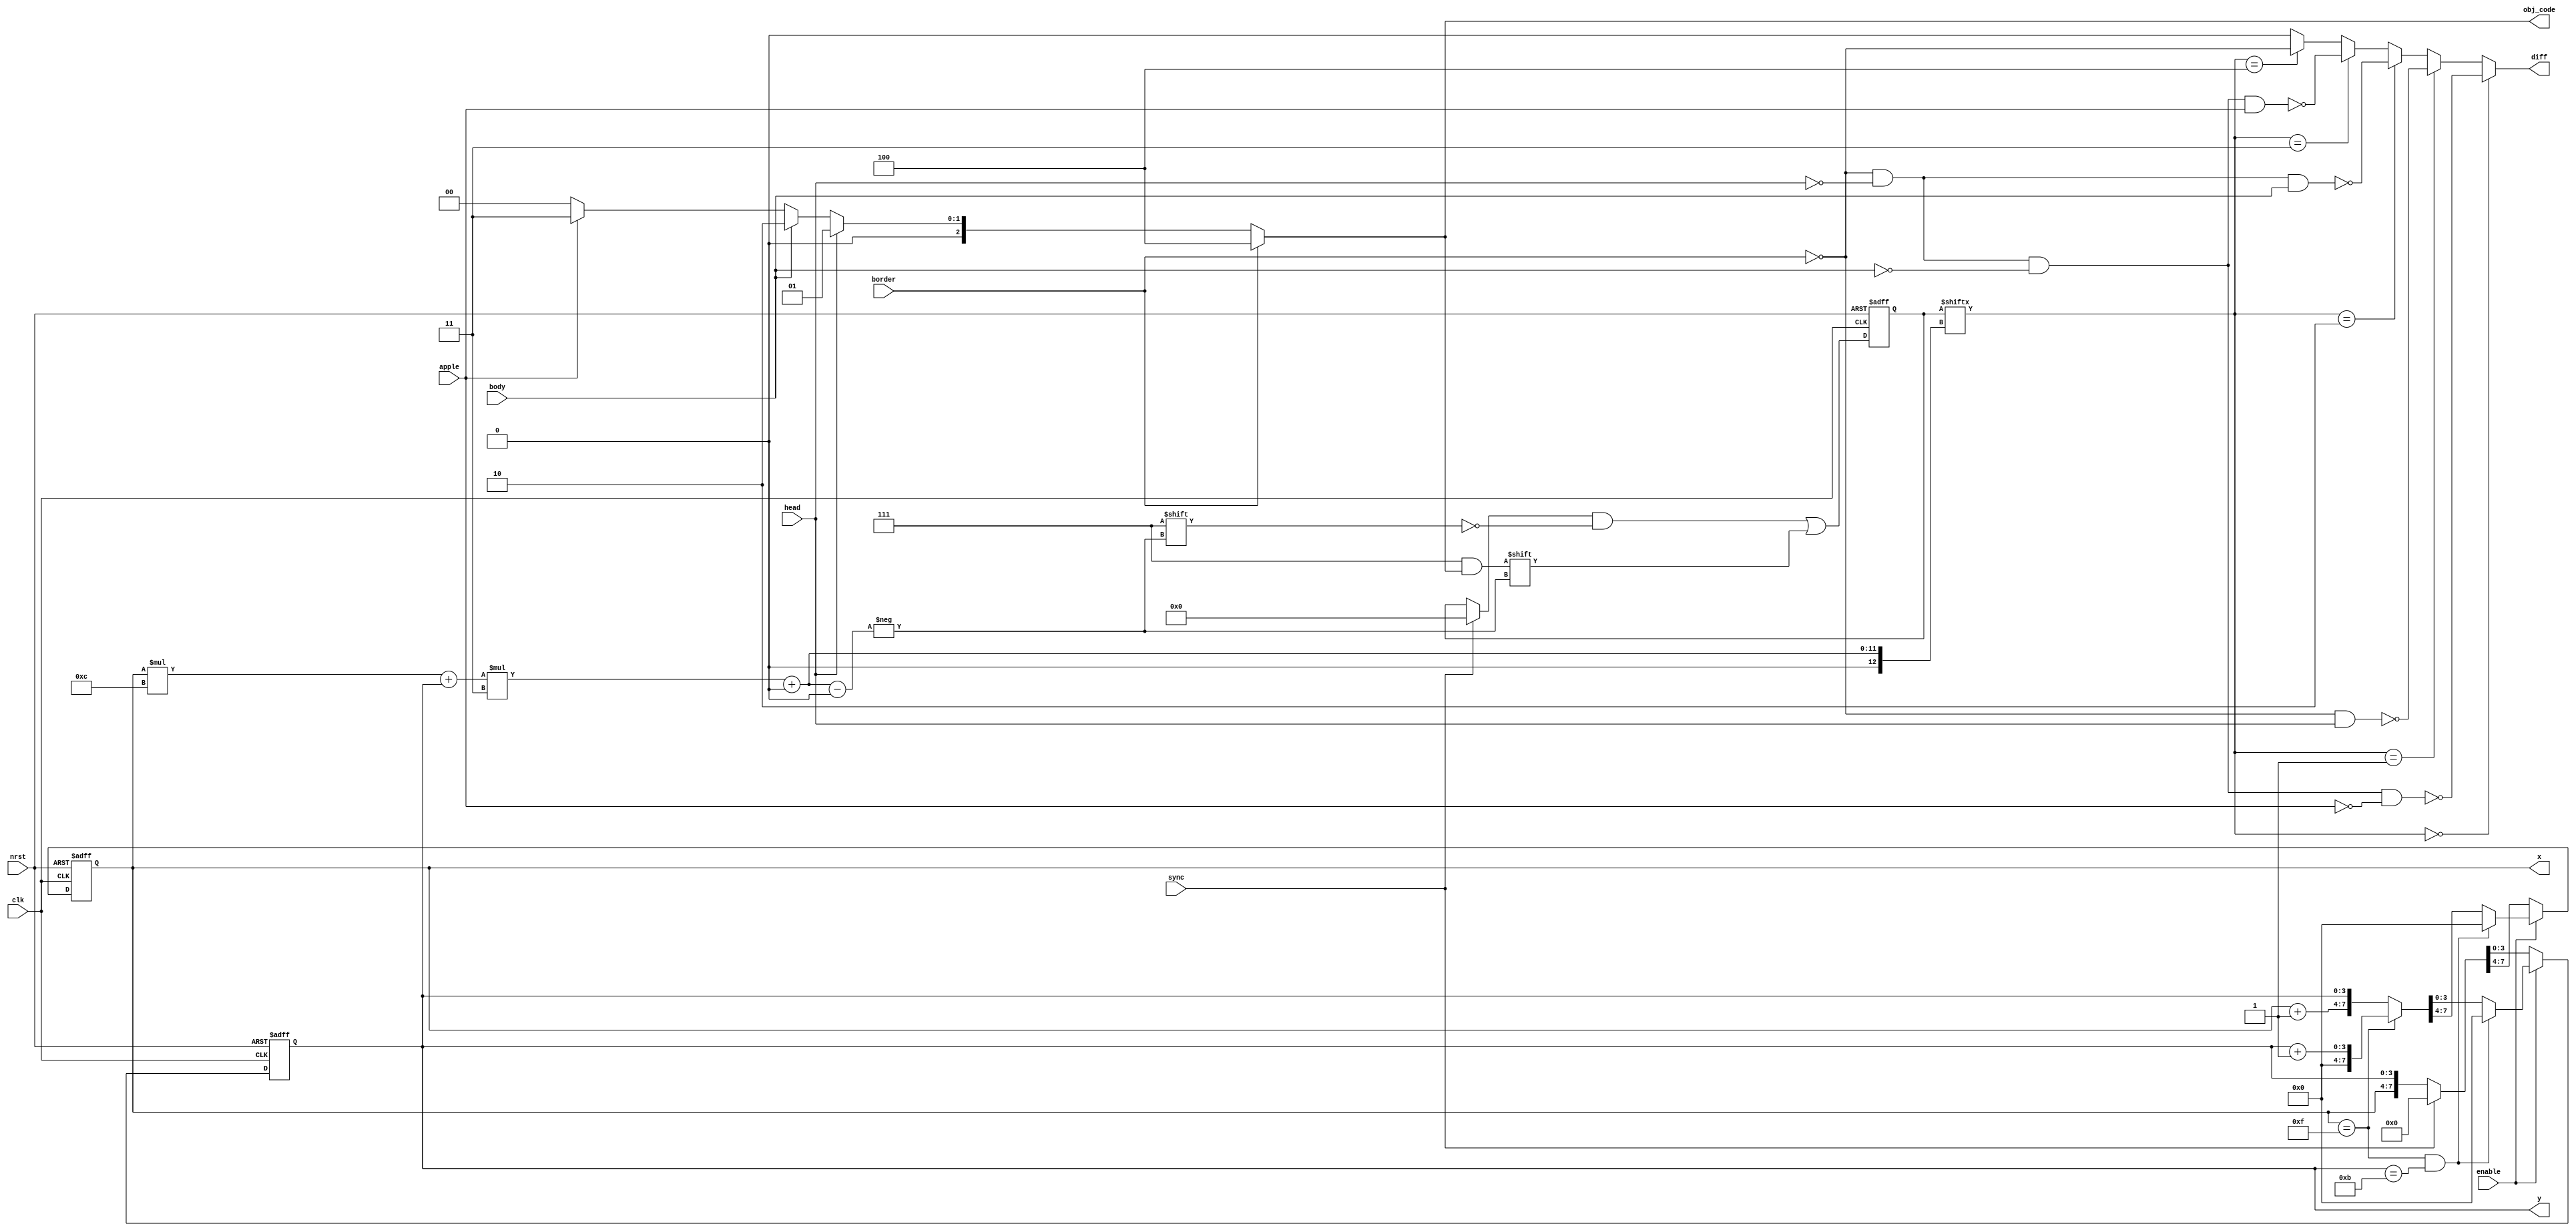
`default_nettype none
module t06_frame_tracker (
	body,
	head,
	apple,
	border,
	enable,
	clk,
	nrst,
	sync,
	obj_code,
	x,
	y,
	diff
);
	reg _sv2v_0;
	input wire body;
	input wire head;
	input wire apple;
	input wire border;
	input wire enable;
	input wire clk;
	input wire nrst;
	input wire sync;
	output reg [2:0] obj_code;
	output reg [3:0] x;
	output reg [3:0] y;
	output reg diff;
	reg [575:0] frame;
	reg [575:0] next_frame;
	reg [3:0] current_X;
	reg [3:0] next_X;
	reg [3:0] current_Y;
	reg [3:0] next_Y;
	reg next_d;
	reg [2:0] temp_obj_code;
	always @(posedge clk or negedge nrst)
		if (~nrst) begin
			frame <= {192 {3'b000}};
			{current_X, current_Y} <= 8'b00000000;
		end
		else begin
			frame <= next_frame;
			{current_X, current_Y} <= {next_X, next_Y};
		end
	always @(*) begin
		if (_sv2v_0)
			;
		{next_X, next_Y} = {current_X, current_Y};
		next_frame = frame;
		if (enable) begin
			if ((current_X == 4'd15) && (current_Y == 4'd11))
				{next_X, next_Y} = 8'b00000000;
			else if (current_X == 4'd15)
				{next_X, next_Y} = {4'b0000, current_Y + 4'd1};
			else
				{next_X, next_Y} = {current_X + 4'd1, current_Y};
		end
		else if (sync)
			{next_X, next_Y} = 8'b00000000;
		else
			{next_X, next_Y} = {current_X, current_Y};
		temp_obj_code = frame[((current_X * 12) + current_Y) * 3+:3];
		next_frame = (sync ? {192 {3'b000}} : frame);
		next_frame[((current_X * 12) + current_Y) * 3+:3] = (border ? 3'b100 : (head ? 3'b001 : (body ? 3'b010 : (apple ? 3'b011 : 3'b000))));
		obj_code = (border ? 3'b100 : (head ? 3'b001 : (body ? 3'b010 : (apple ? 3'b011 : 3'b000))));
		next_d = (temp_obj_code == 3'b000 ? ~(((~border & ~head) & ~body) & ~apple) : (temp_obj_code == 3'b001 ? ~(~border & head) : (temp_obj_code == 3'b010 ? ~((~border & ~head) & body) : (temp_obj_code == 3'b011 ? ~(((~border & ~head) & ~body) & apple) : (temp_obj_code == 3'b100 ? ~border : 1'b0)))));
		{x, y, diff} = {current_X, current_Y, next_d};
	end
	initial _sv2v_0 = 0;
endmodule